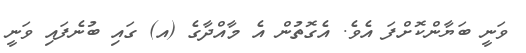
ވަނީ ބަޔާންކޮށްފަ އެވެ. އެގޮތުން އެ މާއްދާގެ (އ) ގައި ބުނެފައި ވަނީ